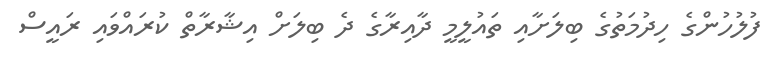
ފުލުހުންގެ ހިދުމަތުުގެ ބިލަށާއި ތައުލީމީ ދާއިރާގެ ދެ ބިލަށް އިޝާރާތް ކުރައްވައި ރައީސް